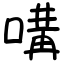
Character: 㗕